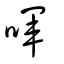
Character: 喗